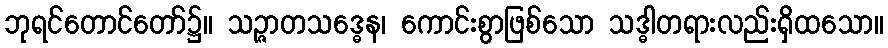
ဘုရင်တောင်တော်၌။ သဉ္ဇာတသဒ္ဓေန၊ ကောင်းစွာဖြစ်သော သဒ္ဓါတရားလည်းရှိထသော။